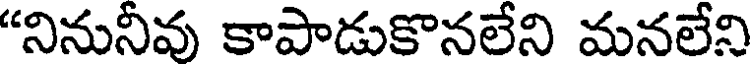
"నినునీవు కాపాడుకొనలేని మనలేని